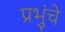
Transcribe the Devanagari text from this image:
प्रभुंचे